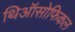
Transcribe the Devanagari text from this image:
थिऑसोफिकल